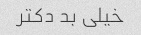
خیلی بد دکتر